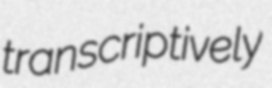
transcriptively